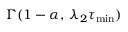
\Gamma ( 1 - \alpha , \: \lambda _ { 2 } \tau _ { \mathrm { m i n } } )